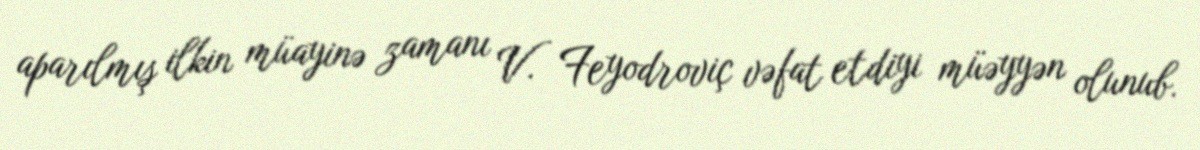
aparılmış ilkin müayinə zamanı V. Feyodroviç vəfat etdiyi müəyyən olunub.